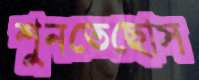
শুনতেছোস